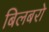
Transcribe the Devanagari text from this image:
बिलबरो